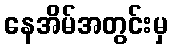
နေအိမ်အတွင်းမှ